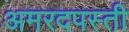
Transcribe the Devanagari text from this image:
अमरदपस्ती